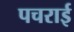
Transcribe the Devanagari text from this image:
पचराई